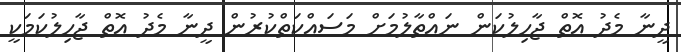
ދީނާ މެދު އޮތް ޖާހިލުކަން ނައްތާލުމަށް މަސައްކަތްކުރުން ދީނާ މެދު އޮތް ޖާހިލުކަމަކީ